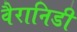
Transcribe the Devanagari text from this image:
वैरानिडी